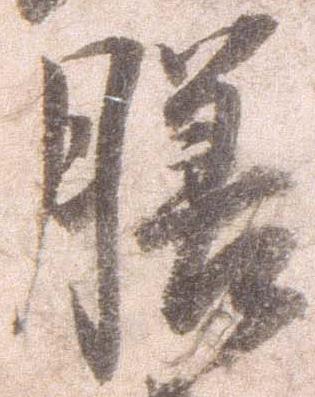
膳